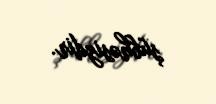
şübhəsizdir.